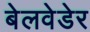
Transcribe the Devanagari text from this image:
बेलवेडेर